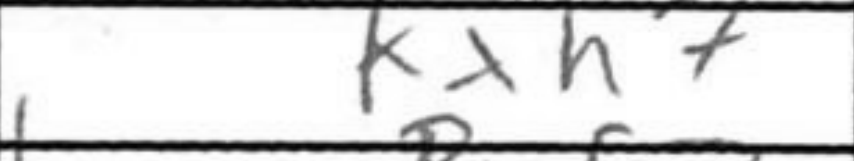
Transcription: Kxh7